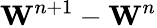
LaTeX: \mathbf{W}^{n+1}-\mathbf{W}^{n}